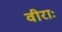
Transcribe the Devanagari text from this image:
वीराः